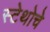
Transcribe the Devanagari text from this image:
स्टेथोचे